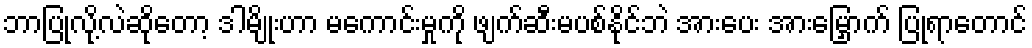
ဘာပြုလို့လဲဆိုတော့ ဒါမျိုးဟာ မကောင်းမှုကို ဖျက်ဆီးမပစ်နိုင်ဘဲ အားပေး အားမြှောက် ပြုရာတောင်